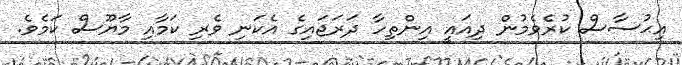
އިޙުސާސް ކުރެވެމުން ދިއައީ އިންތިހާ ދަރަޖައިގެ އެކަނި ވެރި ކަމާއި މާޔޫސް ކަމެވެ.